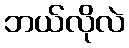
ဘယ်လိုလဲ